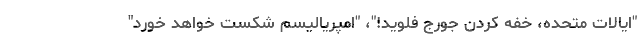
"ایالات متحده، خفه کردن جورج فلوید!"، "امپریالیسم شکست خواهد خورد"